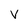
Character: V